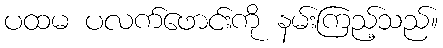
ပထမ ပလက်ဖောင်းကို နမ်းကြည့်သည်။